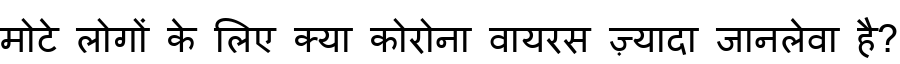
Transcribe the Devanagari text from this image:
मोटे लोगों के लिए क्या कोरोना वायरस ज़्यादा जानलेवा है?